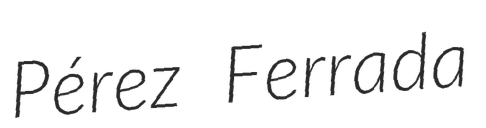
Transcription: Pérez Ferrada